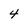
Character: 4